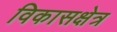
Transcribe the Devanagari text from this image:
विकासक्षेत्र